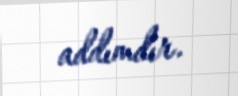
addımdır.